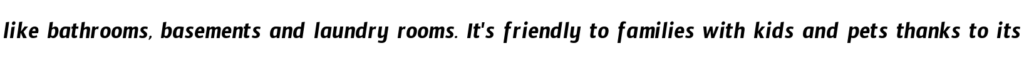
like bathrooms, basements and laundry rooms. It's friendly to families with kids and pets thanks to its